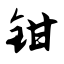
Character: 钳